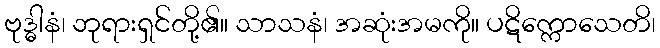
ဗုဒ္ဓါနံ၊ ဘုရားရှင်တို့၏။ သာသနံ၊ အဆုံးအမကို။ ပဋိက္ကောသေတိ၊